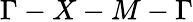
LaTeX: \Gamma-X-M-\Gamma